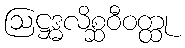
ဩဋ္ဌဒ္ဓလိစ္ဆဝီဝတ္ထု